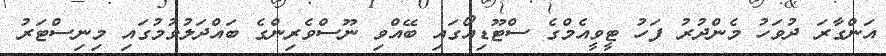
އަންގާރަ ދުވަހު މެންދުރު ފަހު ޓީވީއެމްގެ ސްޓޫޑިއޯގައި ބޭއްވި ނޫސްވެރިންގެ ބައްދަލުވުމުގައި މިނިސްޓަރު